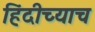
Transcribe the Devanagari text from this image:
हिंदीच्याच